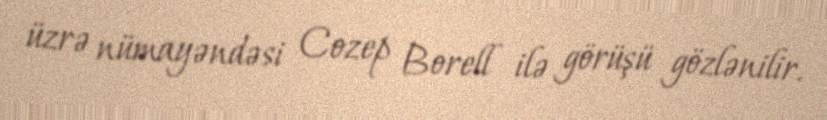
üzrə nümayəndəsi Cozep Borell ilə görüşü gözlənilir.